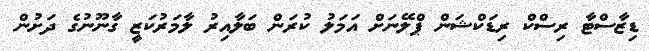
ޑިޒާސްޓާ ރިސްކް ރިޑަކްޝަން ޕްލޭނަށް އަމަލު ކުރަން ބަލާއިރު ލާމަރުކަޒީ ގާނޫނުގެ ދަށުން